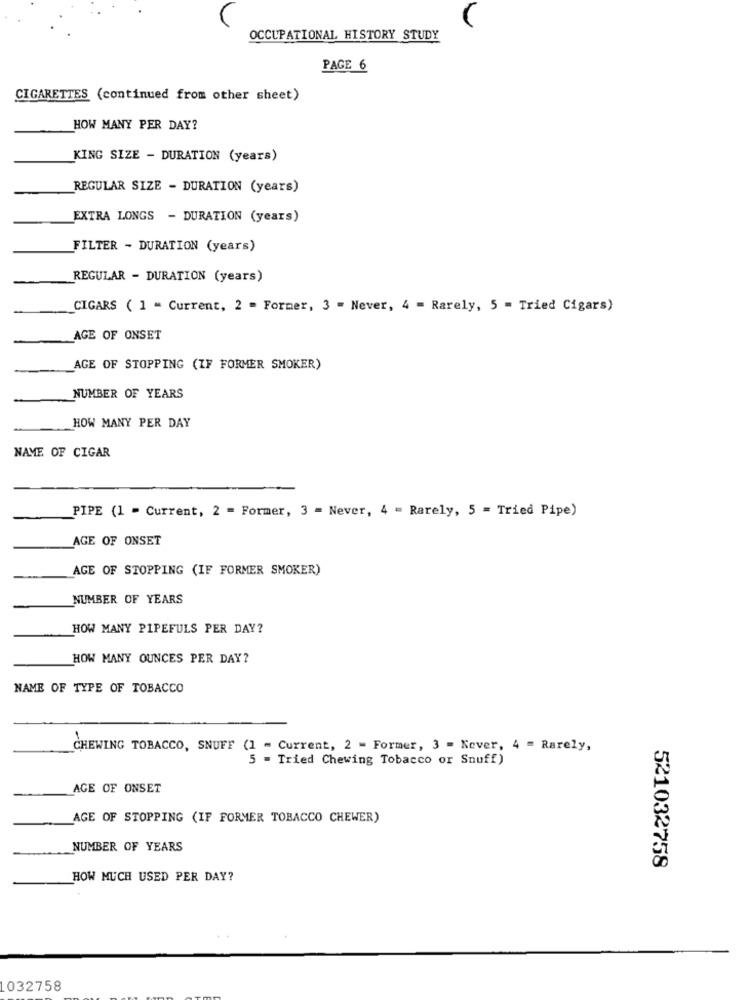
OCCUPATIONAL HISTORY STUDY
PAGE 6
CIGARETTES (continued from other sheet)
HOW MANY PER DAY?
KING SIZE - DURATION (years)
REGULAR SIZE - DURATION (years)
EXTRA LONGS - DURATION (years)
FILTER - DURATION (years)
REGULAR - DURATION (years)
CIGARS ( 1 - Current, 2 = Former, 3 - Never, 4 = Rarely, 5 = Tried Cigars)
AGE OF ONSET
AGE OF STOPPING (IF FORMER SMOKER)
NUMBER OF YEARS
HOW MANY PER DAY
NAME OF CIGAR
PIPE (1 - Current, 2 = Former, 3 = Never, 4 = Rarely, 5 = Tried Pipe)
AGE OF ONSET
AGE OF STOPPING (IF FORMER SMOKER)
NUMBER OF YEARS
HOW MANY PIPEFULS PER DAY?
HOW MANY OUNCES PER DAY?
NAME OF TYPE OF TOBACCO
CHEWING TOBACCO, SNUFF (1 - Current, 2 - Former, 3 - Kever, 4 = Rarely,
5 = Tried Chewing Tobacco or Snuff)
AGE OF ONSET
AGE OF STOPPING (IF FORMER TOBACCO CHEWER)
NUMBER OF YEARS
521032758
HOW MUCH USED PER DAY?
1032758